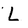
Character: L